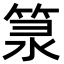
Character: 𥭼